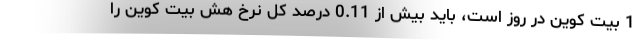
1 بیت کوین در روز است، باید بیش از 0.11 درصد کل نرخ هش بیت کوین را